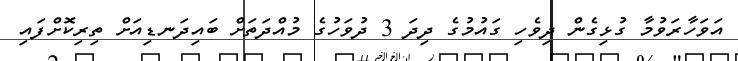
އަވަހާރަވުމާ ގުޅިގެން ދިވެހި ގައުމުގެ ދިދަ 3 ދުވަހުގެ މުއްދަތަށް ބައިދަނޑިއަށް ތިރިކޮށްފައި